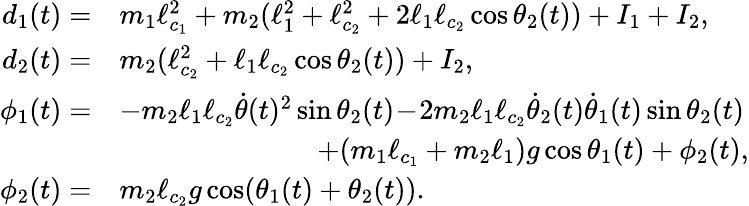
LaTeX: \begin{array}{rl}{d_{1}(t)=}&{m_{1}\ell_{c_{1}}^{2}+m_{2}(\ell_{1}^{2}+\ell_{c_{2}}^{2}+2\ell_{1}\ell_{c_{2}}\cos\theta_{2}(t))+I_{1}+I_{2},}\\ {d_{2}(t)=}&{m_{2}(\ell_{c_{2}}^{2}+\ell_{1}\ell_{c_{2}}\cos\theta_{2}(t))+I_{2},}\\ {\phi_{1}(t)=}&{-m_{2}\ell_{1}\ell_{c_{2}}\dot{\theta}(t)^{2}\sin\theta_{2}(t)\! -\! 2m_{2}\ell_{1}\ell_{c_{2}}\dot{\theta}_{2}(t)\dot{\theta}_{1}(t)\sin\theta_{2}(t)}\\ &{\qquad\qquad\qquad\quad+(m_{1}\ell_{c_{1}}+m_{2}\ell_{1})g\cos\theta_{1}(t)+\phi_{2}(t),}\\ {\phi_{2}(t)=}&{m_{2}\ell_{c_{2}}g\cos(\theta_{1}(t)+\theta_{2}(t)).}\end{array}